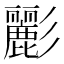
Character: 彲